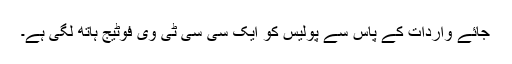
جائے واردات کے پاس سے پولیس کو ایک سی سی ٹی وی فوٹیج ہاتھ لگی ہے۔